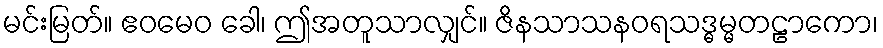
မင်းမြတ်။ ဧဝမေဝ ခေါ၊ ဤအတူသာလျှင်။ ဇိနသာသနဝရသဒ္ဓမ္မတဠာကော၊